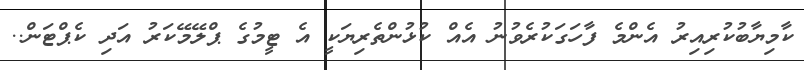
ކާމިޔާބުކުރިއިރު އެންމެ ފާހަގަކުރެވުނު އެއް ކުޅުންތެރިޔަކީ އެ ޓީމުގެ ޕްލޭމޭކަރު އަދި ކެޕްޓަން..